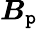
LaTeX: \boldsymbol{B}_{\mathtt{p}}